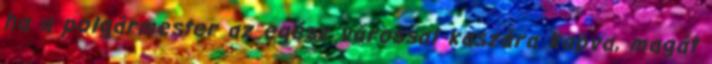
ha a polgármester az egész várossal kaszára kapva, magát